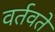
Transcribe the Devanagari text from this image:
वर्तवते